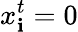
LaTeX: x_{\mathbf{i}}^{t}=0